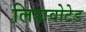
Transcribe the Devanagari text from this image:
लिहावोटेड